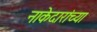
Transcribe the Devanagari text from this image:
नाकेदारांच्या